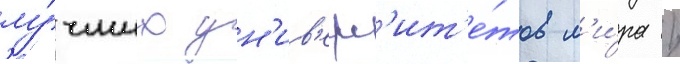
лу́чших ун'ив'ерс'ит'е́тов м'и́ра /